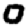
Digit: 0